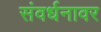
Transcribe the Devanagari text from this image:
संवर्धनावर